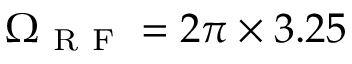
\Omega _ { \mathrm { ~ R ~ F ~ } } = 2 \pi \times 3 . 2 5